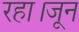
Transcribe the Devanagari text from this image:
रहा।जून